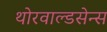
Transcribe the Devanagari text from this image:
थोरवाल्डसेन्स